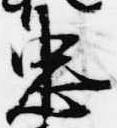
忠